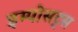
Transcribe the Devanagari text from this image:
इम्पोसट्र्स